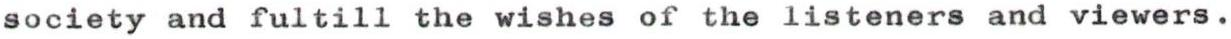
society and fultill the wishes of the listeners and viewers.